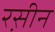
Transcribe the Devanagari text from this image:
रस़ीन